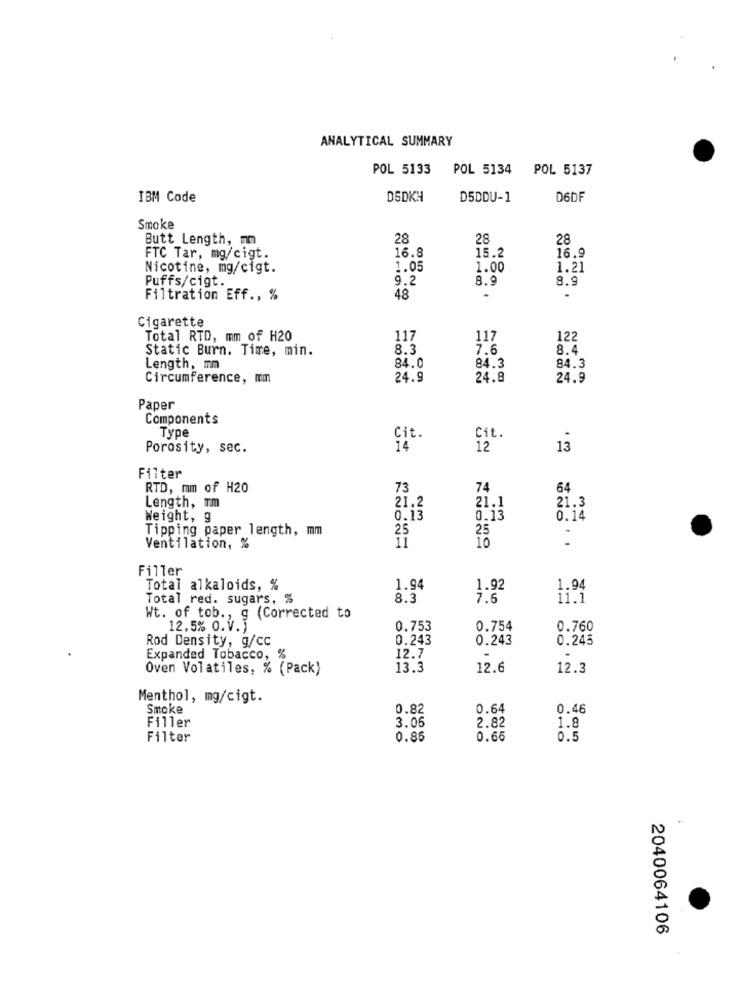
ANALYTICAL SUMMARY
POL 5133
POL 5134 POL 5137
IBM Code
D5DKY
D5DDU-1
D6DF
Smoke
Butt Length, mm
28
28
28
16.8
FTC Tar, mg/cigt.
15.2
16.9
Nicotine, mg/cigt.
1.05
1.00
1.21
Puffs/cigt.
9.2
8.9
8.9
Filtration Eff ., %
48
Cigarette
Total RTD, mm of H20
117
117
122
Static Burn. Time, min.
8.3
7.6
8.4
Length, mm
84.0
84.3
84.3
Circumference, mm
24.9
24.8
24.9
Paper
Components
Type
Cit.
Cit.
Porosity, sec.
14
12
1.3
Filter
RTD, mm of H20
73
74
64
Length, mm
21.2
21.1
21.3
Weight, g
0.13
0.13
0.14
Tipping paper length, mm
25
25
10
-
Ventilation, %
Filler
Total alkaloids, %
1.94
1.92
1.94
Total red. sugars, %
8.3
7.6
11.1
Wt. of tob ., g (Corrected to
12.5% O.v.T
0.753
0.754
0.760
Rod Density, g/cc
0.243
0.243
0.245
Expanded Tobacco, %
12.7
-
-
Oven Volatiles, % (Pack)
13.3
12.6
12.3
Menthol, mg/cigt.
Smoke
0.82
0.64
0.46
Filler
3.06
2.82
1.8
Filter
0.85
0.66
0.5
2040064106